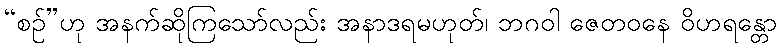
“စဉ်”ဟု အနက်ဆိုကြသော်လည်း အနာဒရမဟုတ်၊ ဘဂဝါ ဇေတဝနေ ဝိဟရန္တော